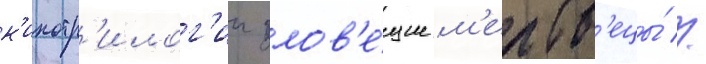
к'инотр'илог'ии злов'е́щие м'ертв'ецы́ //